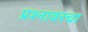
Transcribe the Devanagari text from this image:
प्रश्नावरचा